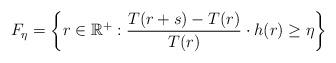
LaTeX: \begin{align*} F_{\eta}=\left\{r\in\mathbb{R}^+: \frac{T(r+s)-T(r)}{T(r)}\cdot h(r)\geq \eta \right\} \end{align*}